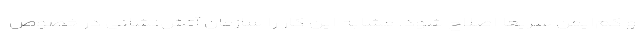
و کم‌ایمن سریعا اصلاح شود. مشابه این کار را سازمان آتش‌نشانی در خصوص